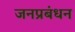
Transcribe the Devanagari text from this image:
जनप्रबंधन